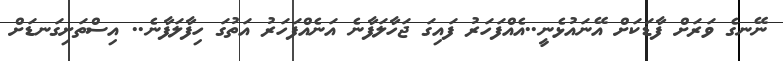
ނޭނގެ ވަރަށް ފާޑަކަށް އޭނައުޅެނީ..އެއްފަހަރު ފައިގަ ޖަހާލަފާނެ އަނެއްފަހަރު އަތުގަ ހިފާލަފާނެ.. އިސްތަށިގަނޑަށް